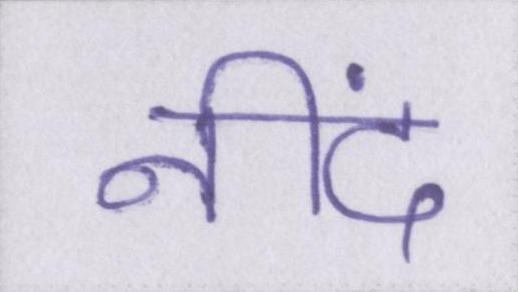
नीदं